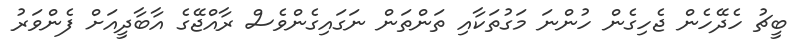
ބީޗު ހެދޭހެން ޖެހިގެން ހުންނަ މަގުތަކާއި ތަންތަން ނަގައިގެންވެސް ރާއްޖޭގެ އާބާދީއަށް ފެންވަރު